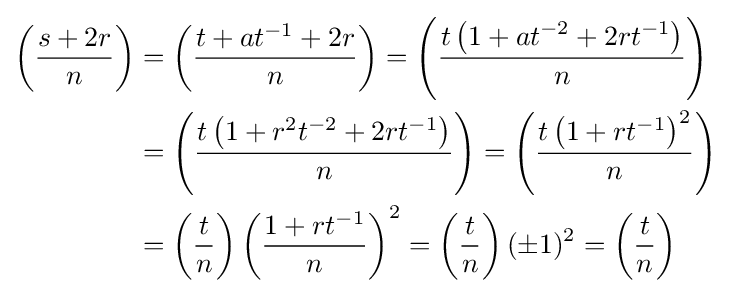
{\begin{aligned}\left({\frac {s+2r}{n}}\right)&=\left({\frac {t+at^{-1}+2r}{n}}\right)=\left({\frac {t\left(1+at^{-2}+2rt^{-1}\right)}{n}}\right)\\&=\left({\frac {t\left(1+r^{2}t^{-2}+2rt^{-1}\right)}{n}}\right)=\left({\frac {t\left(1+rt^{-1}\right)^{2}}{n}}\right)\\&=\left({\frac {t}{n}}\right)\left({\frac {1+rt^{-1}}{n}}\right)^{2}=\left({\frac {t}{n}}\right)(\pm 1)^{2}=\left({\frac {t}{n}}\right)\end{aligned}}